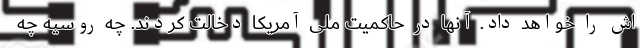
اش را خواهد داد. آنها در حاکمیت ملی آمریکا دخالت کردند. چه روسیه چه